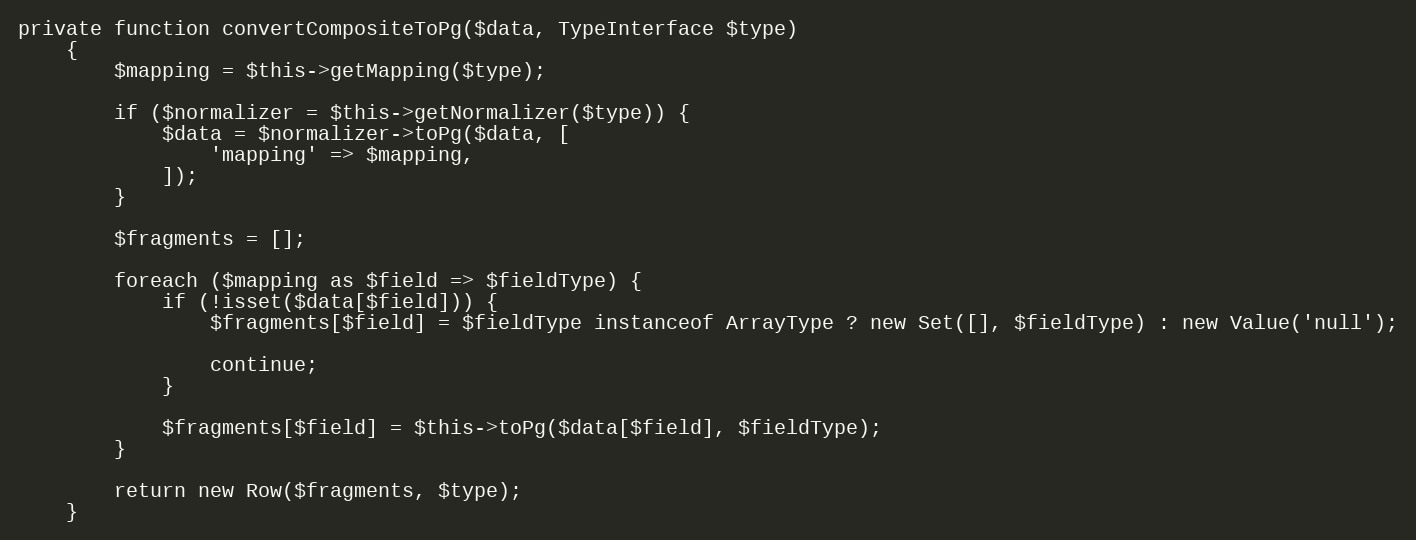
Language: PHP
private function convertCompositeToPg($data, TypeInterface $type)
    {
        $mapping = $this->getMapping($type);

        if ($normalizer = $this->getNormalizer($type)) {
            $data = $normalizer->toPg($data, [
                'mapping' => $mapping,
            ]);
        }

        $fragments = [];

        foreach ($mapping as $field => $fieldType) {
            if (!isset($data[$field])) {
                $fragments[$field] = $fieldType instanceof ArrayType ? new Set([], $fieldType) : new Value('null');

                continue;
            }

            $fragments[$field] = $this->toPg($data[$field], $fieldType);
        }

        return new Row($fragments, $type);
    }